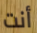
أنت